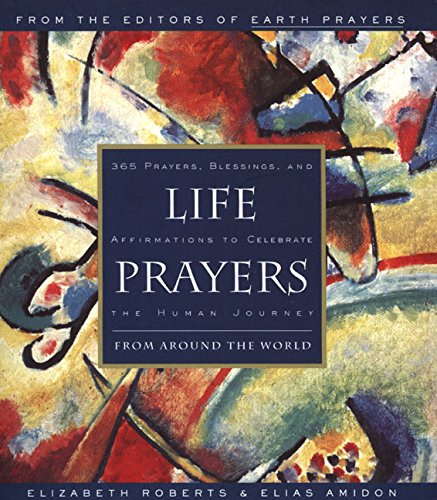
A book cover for Life Prayers : From Around the World : 365 Prayers, Blessings, and Affirmations to Celebrate the Human Journey; Elizabeth Roberts; Religion & Spirituality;